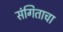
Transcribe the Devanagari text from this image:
संगिताचा